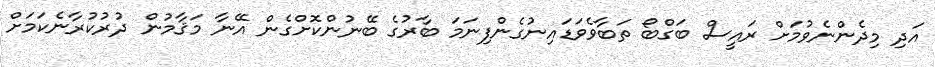
އަދި މިދެންނެވުމަށް ރައީސް ބަގްބޯ ތަބާވެވަޑައިނުގެންފިނަމަ ބާރުގެ ބޭނުންކޮށްގެން އޭނާ މަޤާމުން ދުރުކުރާނެކަމަށް